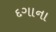
દગાના